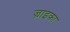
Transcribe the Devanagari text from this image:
ज्राइका